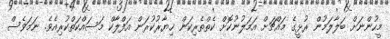
މީހުންނަށް ބަލާލަމުން ރުޅީގެ މައްޗަށް އަމަލުނުކޮށް ކެތްތެރިކަން ޚިޔާރުކުރަން އަފްލާކް މަސައްކަތްކުރިއެވެ. ނަމަވެސް